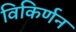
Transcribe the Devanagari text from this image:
विकिर्णन